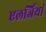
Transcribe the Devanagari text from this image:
एलर्जियां